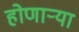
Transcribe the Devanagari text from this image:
होणार्‍या